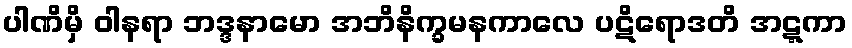
ပါဏိမှိ ဝါနရာ ဘဒ္ဒနာမော အဘိနိက္ခမနကာလေ ပဋိရောဒတိ အဋ္ဋကာ